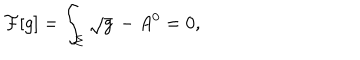
{ \cal F } [ g ] = \int _ { \Sigma } \sqrt { g } \, - A ^ { 0 } = 0 ,